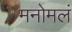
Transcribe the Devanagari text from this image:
मनोमलं